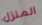
المنزل